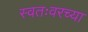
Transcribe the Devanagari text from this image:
स्वतःवरच्या